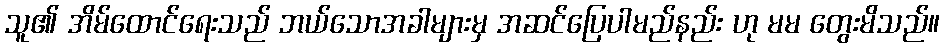
သူ၏ အိမ်ထောင်ရေးသည် ဘယ်သောအခါများမှ အဆင်ပြေပါမည်နည်း ဟု မမ တွေးမိသည်။